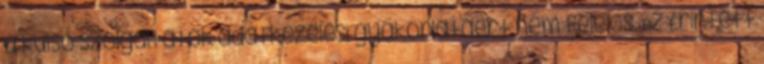
a külső szolgáltatók adatkezelési gyakorlatáért nem felelős. Az Érintett